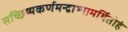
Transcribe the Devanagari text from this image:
सच्छिष्यकर्णमन्द्राभ्यामर्थितोहं